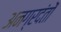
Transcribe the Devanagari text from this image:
अनग्रदंतों